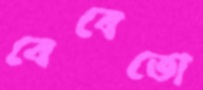
বেবেতো